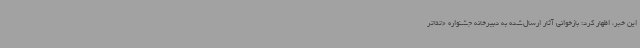
این خبر، اظهار کرد: بازخوانی آثار ارسال‌شده به دبیرخانه جشنواره «تئاتر